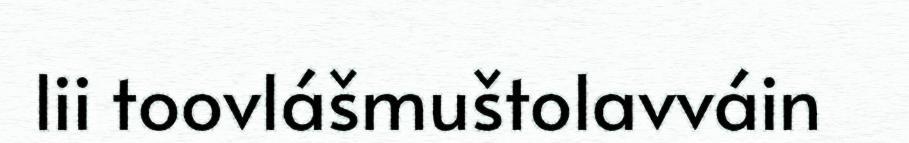
lii toovlášmuštolavváin